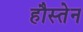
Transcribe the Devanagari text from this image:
हौस्तेन